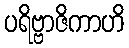
ပရိဗ္ဗာဇိကာဟိ